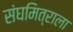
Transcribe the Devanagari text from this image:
संघमित्राला